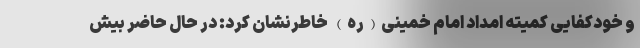
و خودکفایی کمیته امداد امام خمینی(ره) خاطرنشان کرد: در حال حاضر بیش